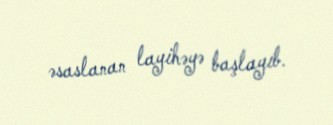
əsaslanan layihəyə başlayıb.